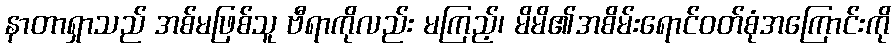
နာတာရှာသည် အစ်မဖြစ်သူ ဗီရာကိုလည်း မကြည့်၊ မိမိ၏အစိမ်းရောင်ဝတ်စုံအကြောင်းကို